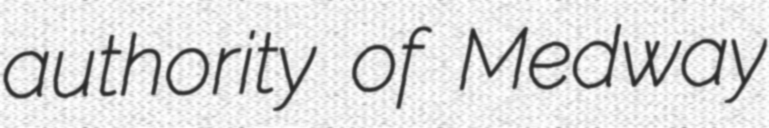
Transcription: authority of Medway